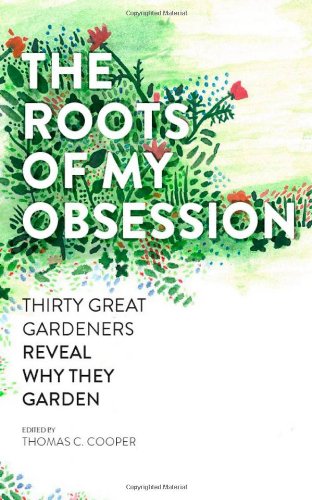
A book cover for The Roots of My Obsession: Thirty Great Gardeners Reveal Why They Garden; Thomas C. Cooper; Crafts, Hobbies & Home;